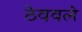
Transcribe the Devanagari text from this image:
ठेववले